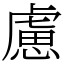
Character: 慮